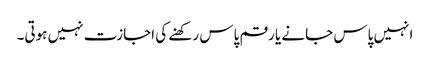
انہیں پاس جانے یا رقم پاس رکھنے کی اجازت نہیں ہوتی۔